Annual report of the Punjab Veterinary College and of the Civil Veterinary Department, Punjab - 1909-1919
Year: 1909
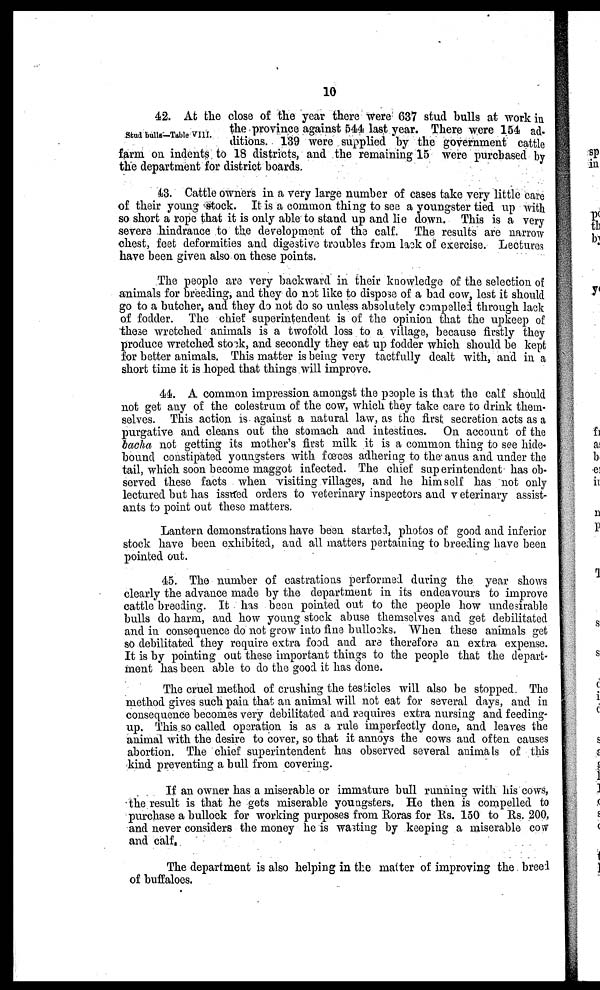
10
Stud bulls—Table VIII.
42. At the close of the year there were 637 stud bulls at work in
the province against 544 last year. There were 154 ad-
ditions. 139 were supplied by the government cattle
farm on indents to 18 districts, and the remaining 15 were purchased by
the department for district boards.
43. Cattle owners in a very large number of cases take very little care
of their young stock. It is a common thing to see a youngster tied up with
so short a rope that it is only able to stand up and lie down. This is a very
severe hindrance to the development of the calf. The results are narrow
chest, feet deformities and digestive troubles from lack of exercise. Lectures
have been given also on these points.
The people are very backward in their knowledge of the selection of
animals for breeding, and they do not like to dispose of a bad cow, lest it should
go to a butcher, and they do not do so unless absolutely compelled through lack
of fodder. The chief superintendent is of the opinion that the upkeep of
these wretched animals is a twofold loss to a village, because firstly they
produce wretched stock, and secondly they eat up fodder which should be kept
for better animals. This matter is being very tactfully dealt with, and in a
short time it is hoped that things will improve.
44. A common impression amongst the people is that the calf should
not get any of the colestrum of the cow, which they take care to drink them-
selves. This action is against a natural law, as the first secretion acts as a
purgative and cleans out the stomach and intestines. On account of the
bacha not getting its mother's first milk it is a common thing to see hide-
bound constipated youngsters with fœces adhering to the anus and under the
tail, which soon become maggot infected. The chief superintendent has ob-
served these facts when visiting villages, and he himself has not only
lectured but has issued orders to veterinary inspectors and veterinary assist-
ants to point out these matters.
Lantern demonstrations have been started, photos of good and inferior
stock have been exhibited, and all matters pertaining to breeding have been
pointed out.
45. The number of castrations performed during the year shows
clearly the advance made by the department in its endeavours to improve
cattle breeding. It has been pointed out to the people how undesirable
bulls do harm, and how young stock abuse themselves and get debilitated
and in consequence do not grow into fine bullocks. When these animals get
so debilitated they require extra food and are therefore an extra expense.
It is by pointing out these important things to the people that the depart-
ment has been able to do the good it has done.
The cruel method of crushing the testicles will also be stopped. The
method gives such pain that an animal will not eat for several days, and in
consequence becomes very debilitated and requires extra nursing and feeding-
up. This so called operation is as a rule imperfectly done, and leaves the
animal with the desire to cover, so that it annoys the cows and often causes
abortion. The chief superintendent has observed several animals of this
kind preventing a bull from covering.
If an owner has a miserable or immature bull running with his cows,
the result is that he gets miserable youngsters. He then is compelled to
purchase a bullock for working purposes from Roras for Rs. 150 to Rs. 200,
and never considers the money he is wasting by keeping a miserable cow
and calf.
The department is also helping in the matter of improving the breed
of buffaloes.